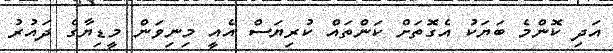
އަދި ކޮންމެ ބަޔަކު އެގޮތަށް ކަންތައް ކުރިޔަސް އެއީ މިނިވަން މީޑިޔާގެ ދައުރު